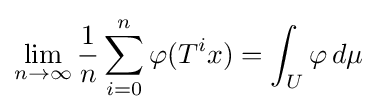
\lim _{n\rightarrow \infty }{\frac {1}{n}}\sum _{i=0}^{n}\varphi (T^{i}x)=\int _{U}\varphi \,d\mu